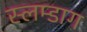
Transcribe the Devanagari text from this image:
स्लम्डाग